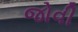
જોવી